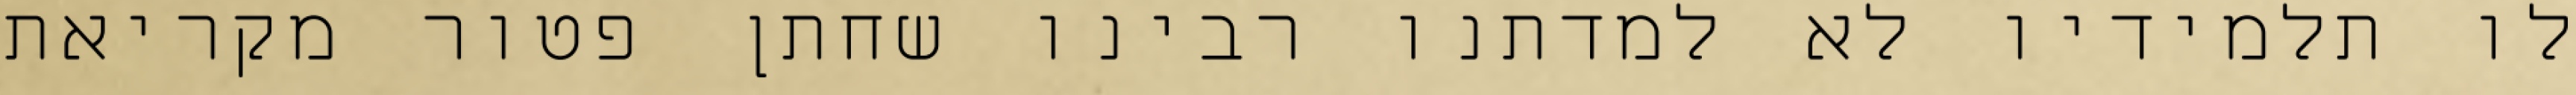
לו תלמידיו לא למדתנו רבינו שחתן פטור מקריאת